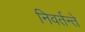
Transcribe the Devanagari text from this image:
निवर्तन्ते